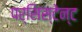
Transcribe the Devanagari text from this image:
पर्सिस्टेन्ट